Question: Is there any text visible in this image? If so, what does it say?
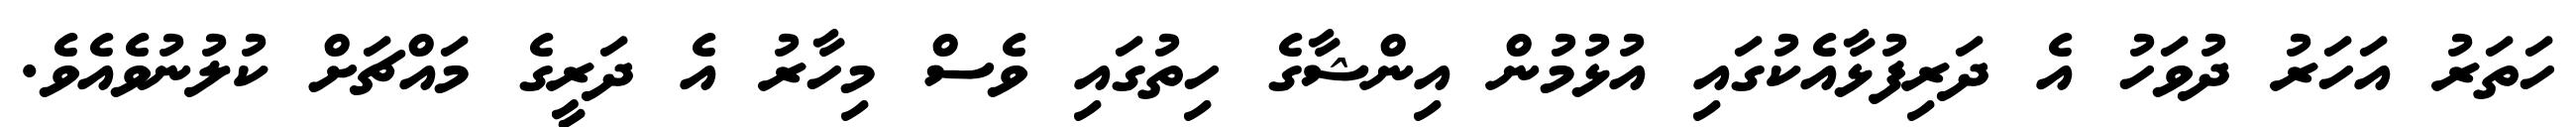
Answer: ހަތަރު އަހަރު ދުވަހު އެ ދަރިފުޅާއެކުގައި އުޅުމުން އިންޝާގެ ހިތުގައި ވެސް މިހާރު އެ ދަރީގެ މައްޗަށް ކުލުނުވެއެވެ.